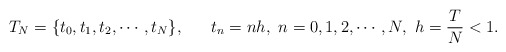
\begin{align*} T_N=\{t_0,t_1,t_2,\cdots,t_N\},~~~~~t_n=nh,~n=0,1,2,\cdots,N,~h=\frac{T}{N}<1.\end{align*}